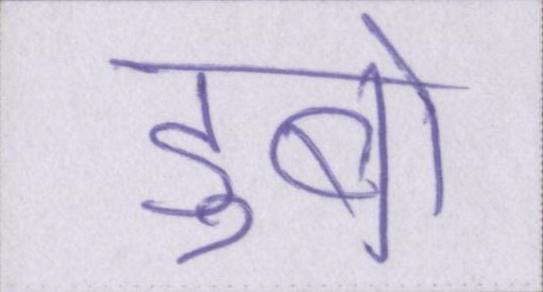
डुबो